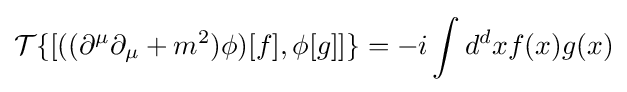
{\mathcal {T}}\{[((\partial ^{\mu }\partial _{\mu }+m^{2})\phi )[f],\phi [g]]\}=-i\int d^{d}xf(x)g(x)